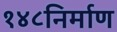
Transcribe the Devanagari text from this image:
१४८निर्माण